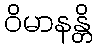
ဝိမာနန္တိ